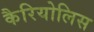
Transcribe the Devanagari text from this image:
कैरियोलिस